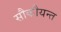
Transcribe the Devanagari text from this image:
सौकौयन्त